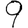
Digit: 9